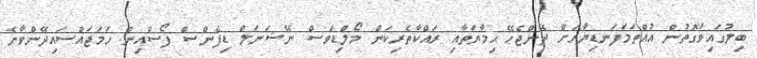
ބިލުގައިވާގޮތުން އުއްތަމަފަނޑިޔާރަށް ދޭންޖެހޭ ޙިމާޔަތާއި ރައްކާތެރިކަން މޯލްޑިވްސް ނޭޝަނަލް ޑިފެންސް ފޯސްއިން ހަމަޖައްސައިދޭންވާނެ